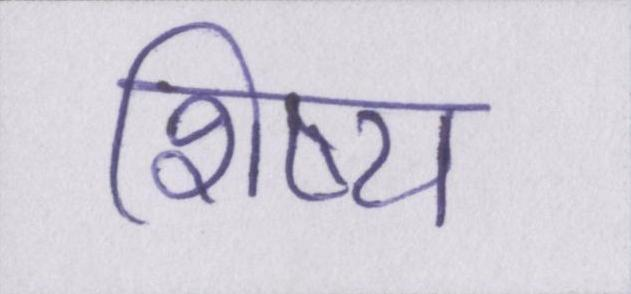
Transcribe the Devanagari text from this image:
शिष्य